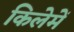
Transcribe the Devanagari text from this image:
किलेमें